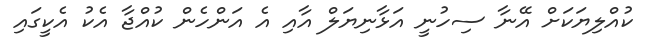
ކުއްލިޔަކަށް އޭނާ ސިހުނީ އަޅާނިޔަލް އާއި އެ އަންހެން ކުއްޖާ އެކު އެކީގައި